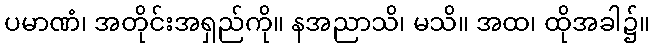
ပမာဏံ၊ အတိုင်းအရှည်ကို။ နအညာသိ၊ မသိ။ အထ၊ ထိုအခါ၌။